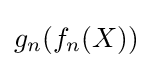
g_{n}(f_{n}(X))